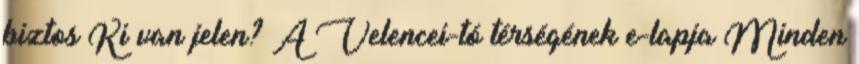
biztos Ki van jelen? A Velencei-tó térségének e-lapja Minden